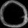
Digit: ၀